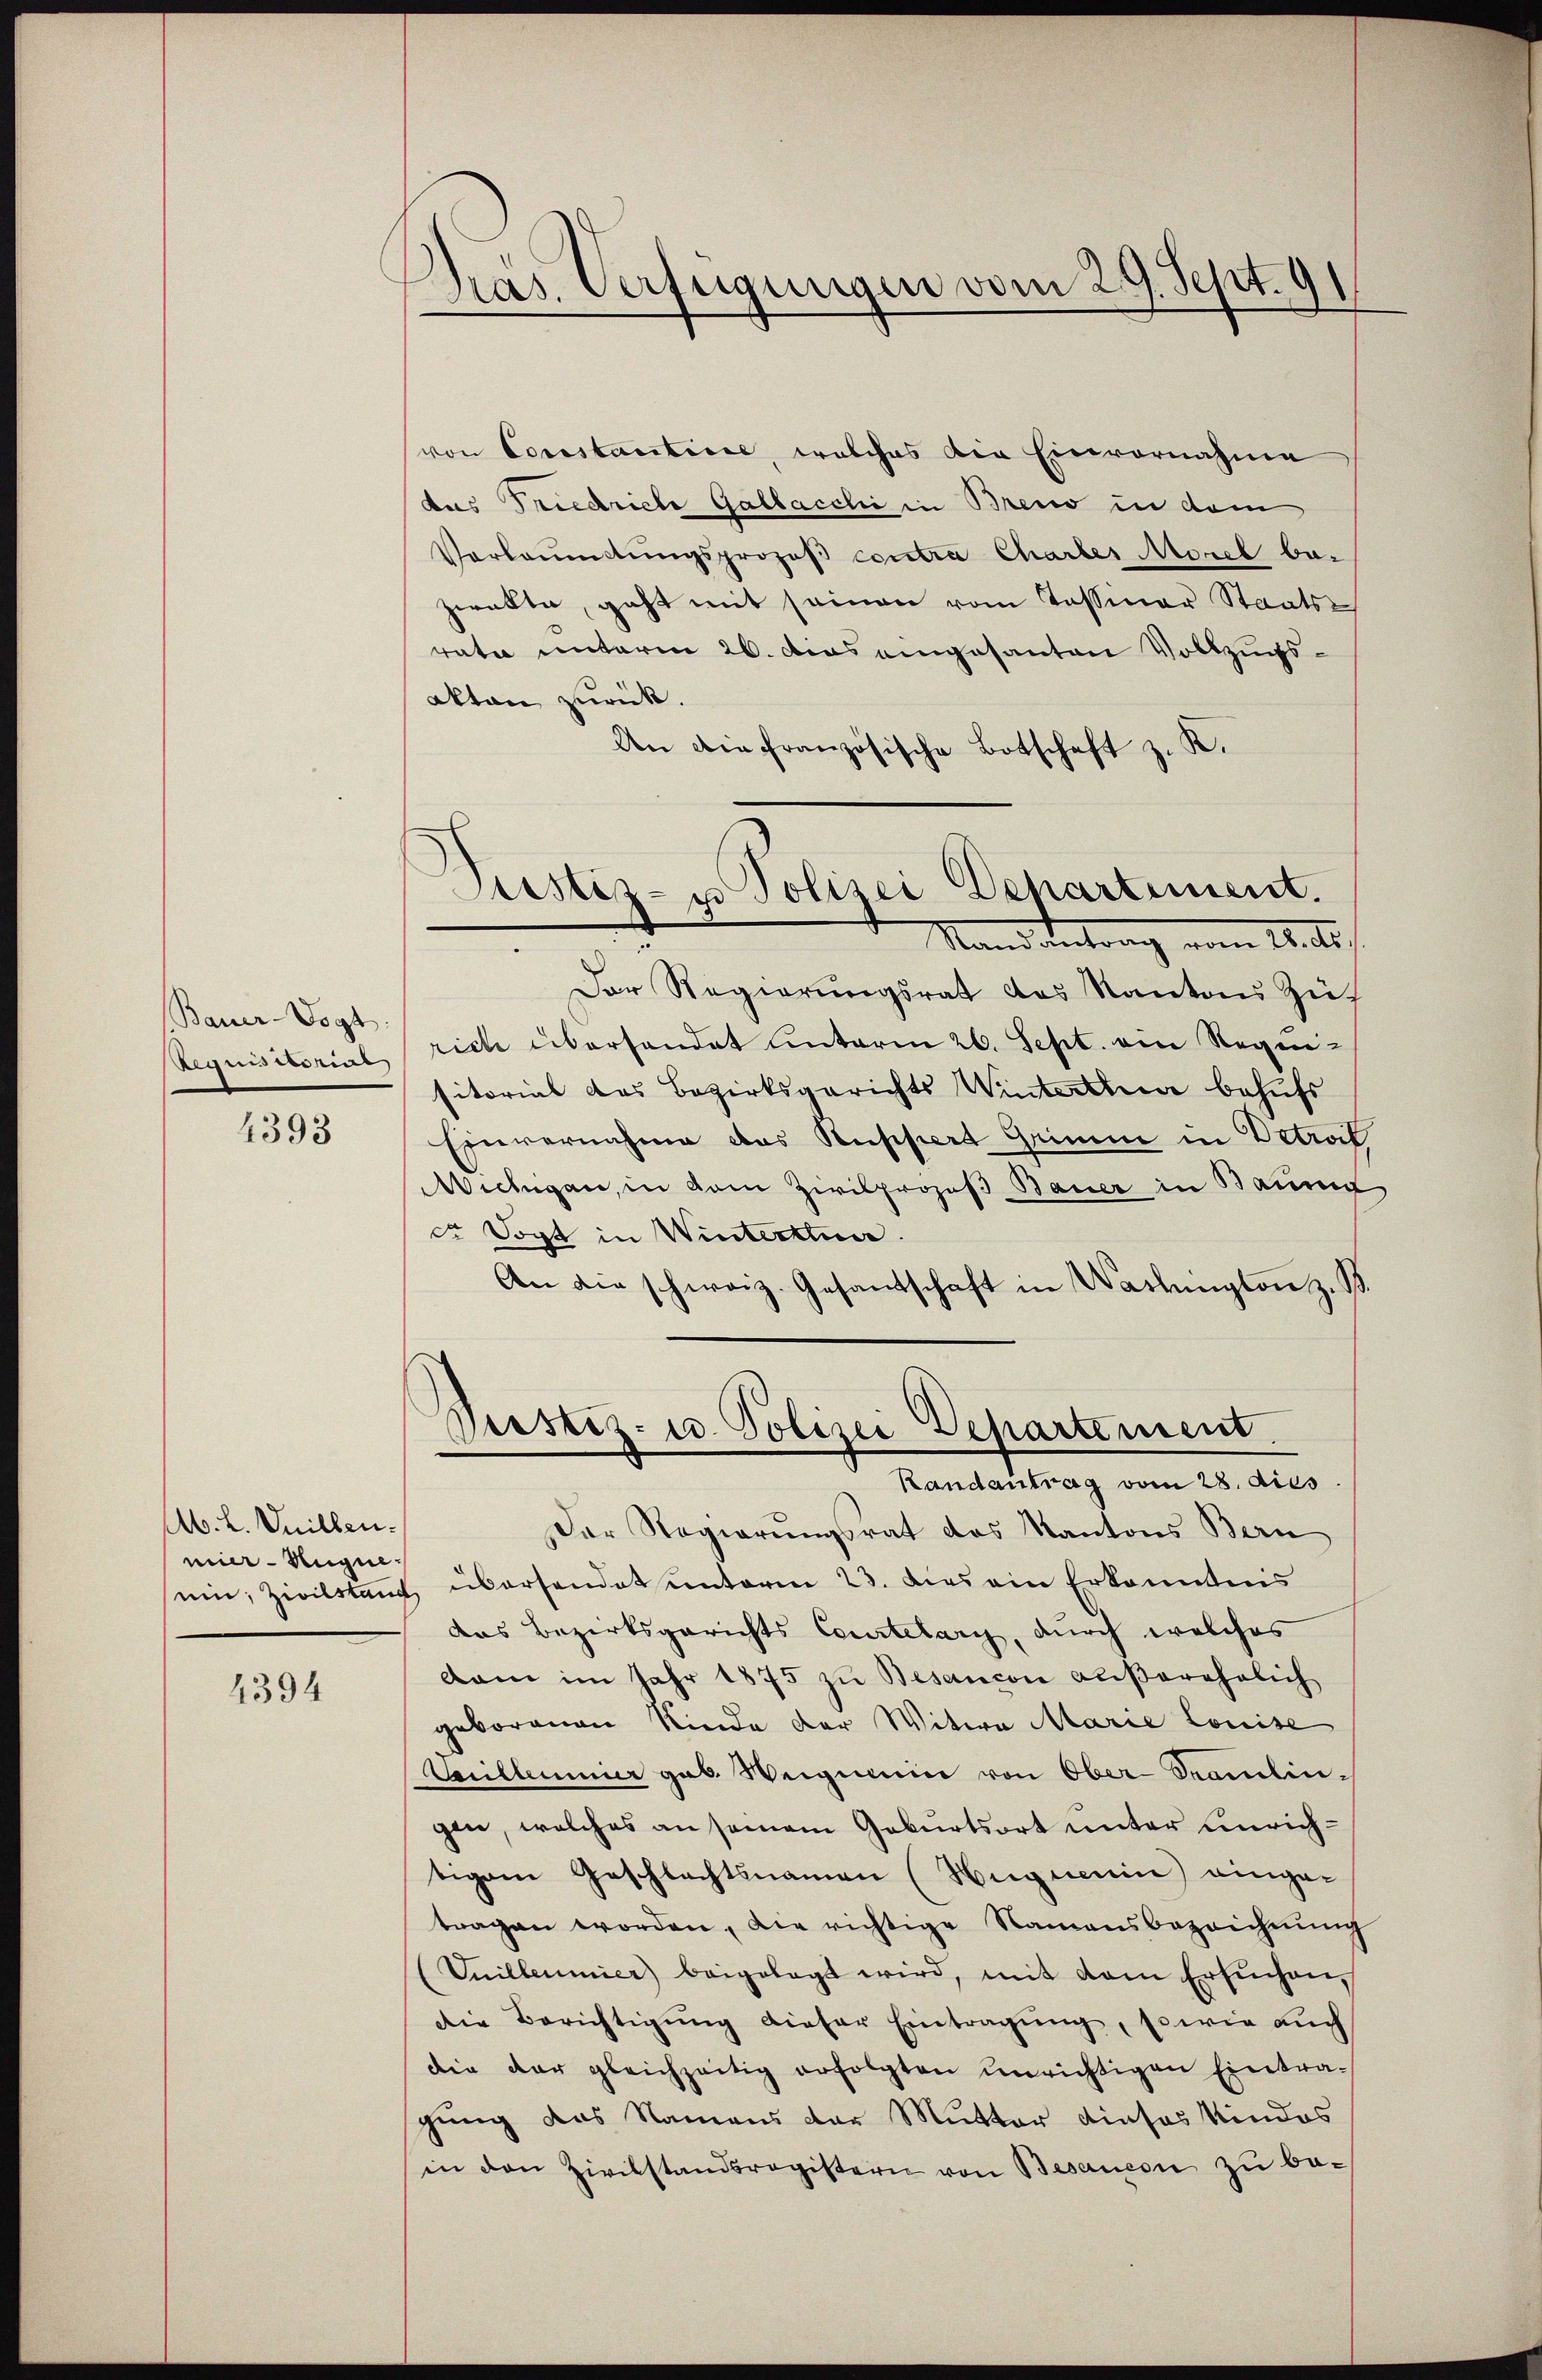
Bauer-Vogt.
Requisitorial
4393

Ab. L. Vuillen.
mier - Augue-

4394

Pras. Verfügungen vom 29. Sept. 91

s
e
Justiz- u Polizei Departement.
Stand antrag vom 18. de

von Constantiier, welches die Einvernahme
das Friedriche Gallacchi in Breno in dem
Vorlaŭmttŭngsprozeβ contra Charbes Morel be-
zwekte, geht mit seinen vom Tessiner Staatsrata unterm 26. Das eingesanten Vollzugsakten zurück.
An die französische Botschaft z. K.
Der Regierungsrat des Kantons Zürich überhandet unterm 26. Sept. ein Regensitorial das Bezirksgerichts Winterthur behufs
Einvernahme das Kuppiert Grimme in Detrof
Wichigen, in vom Zivilprozeß Bauer in Bauma
ce Vogt in Winterthur.
An die schweiz. Gesandschaft in Washington z. B.
Pustiz- u. Polizei Departement.
Randantrag vom 28. dies
Der Regierŭngsrat das Kantons Bern
ein; Zivilstand übersendet ŭnterm 23. dies ein Erkanntnis
das Bezirksgerichts Courtelang, durch welches
dam im Jahr 1875 zu Besancon außerehelich
geborenen Kinde der Witwe Marie Louise
Serilleneier gab. Weigen von Ober-Seamlingen, welches an seinem Geburtsort unter unrichtigem Geschlechtsnamen (Hüguenin) eingetragen worden, die richtige Namensbezeichnung
(Inilleumier beigelegt wird, mit dem Ersŭchen,
Die Berichtigung dieser Eintragung, sowie auch
die der gleichzeitig erfolgten unrichtigen Eintra-
gung das Namens der Mutter dieses Kindes
in den Zivilstandsregistern von Besauern zu be-